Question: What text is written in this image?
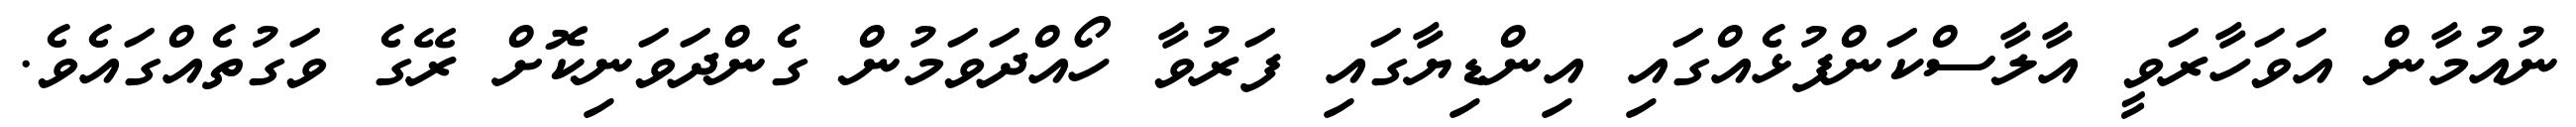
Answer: ނުއުމާން އަވަހާރަވީ އާލާސްކަންފުޅެއްގައި އިންޑިޔާގައި ފަރުވާ ހޯއްދަވަމުން ގެންދަވަނިކޮށް ރޭގެ ވަގުތެއްގައެވެ.